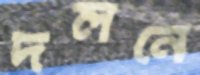
দলনে